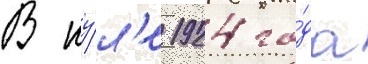
В иу́л'е 1924 го́да